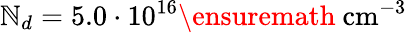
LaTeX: \mathbb{N}_{d}=5.0\cdot10^{16}\ensuremath{{~\mathrm{{cm}}^{-3}}}